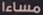
مساءا